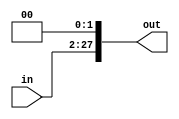
module ShiftLeftJump(in, out);

input wire [25:0] in;
output [27:0] out;

assign out = in << 2;

endmodule